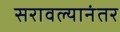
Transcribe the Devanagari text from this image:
सरावल्यानंतर